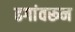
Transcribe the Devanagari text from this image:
ढगांवरून